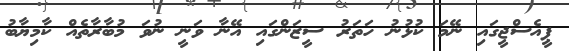
ޕީއެސްޖީގައި ނޭމަ ކުޅުނު ހަތަރު ސީޒަންގައި އޭނާ ވަނީ ނުވަ މުބާރާތެއް ކާމިޔާބު